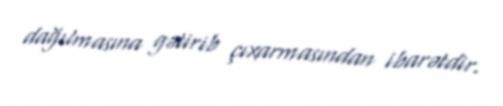
dağılmasına gətirib çıxarmasından ibarətdir.